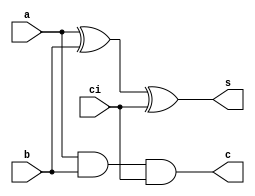
module FA_gate(s,c,a,b,ci);
    input a,b,ci;
    output s,c;
    xor g1(s,a,b,ci);
    and g2(c,a,b,ci);
endmodule